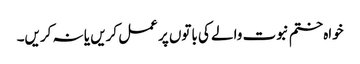
خواہ ختم نبوت والے کی باتوں پر عمل کریں یا نہ کریں۔